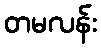
တမလန်း